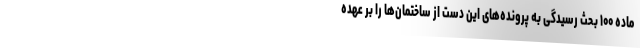
ماده ۱۰۰ بحث رسیدگی به پرونده‌های این دست از ساختمان‌ها را بر عهده